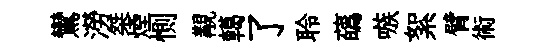
鸞澇桀煙惻覯轕了聆蘤嗾絮臂術